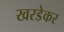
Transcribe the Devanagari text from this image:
खरडेकर